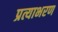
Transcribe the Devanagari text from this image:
प्रत्याभरण